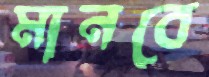
মানবে